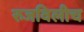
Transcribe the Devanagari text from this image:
रुजविलीच